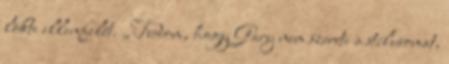
lökte ellenfelét. „Tudom, hogy Gary nem szereti a stílusomat,